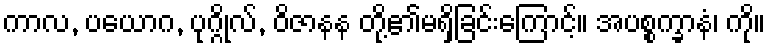
ကာလ, ပယောဂ, ပုဂ္ဂိုလ်, ဝိဇာနန တို့၏မရှိခြင်းကြောင့်။ အပစ္စက္ခာနံ၊ ကို။